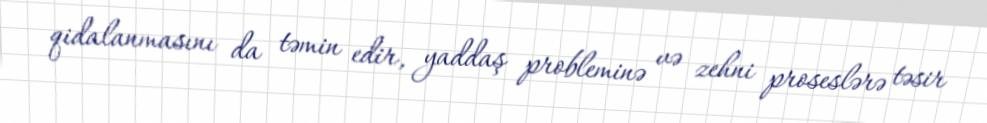
qidalanmasını da təmin edir, yaddaş probleminə və zehni proseslərə təsir